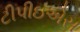
ટીપીઇએસ